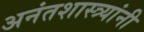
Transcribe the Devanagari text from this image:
अनंतशास्त्र्यांनी